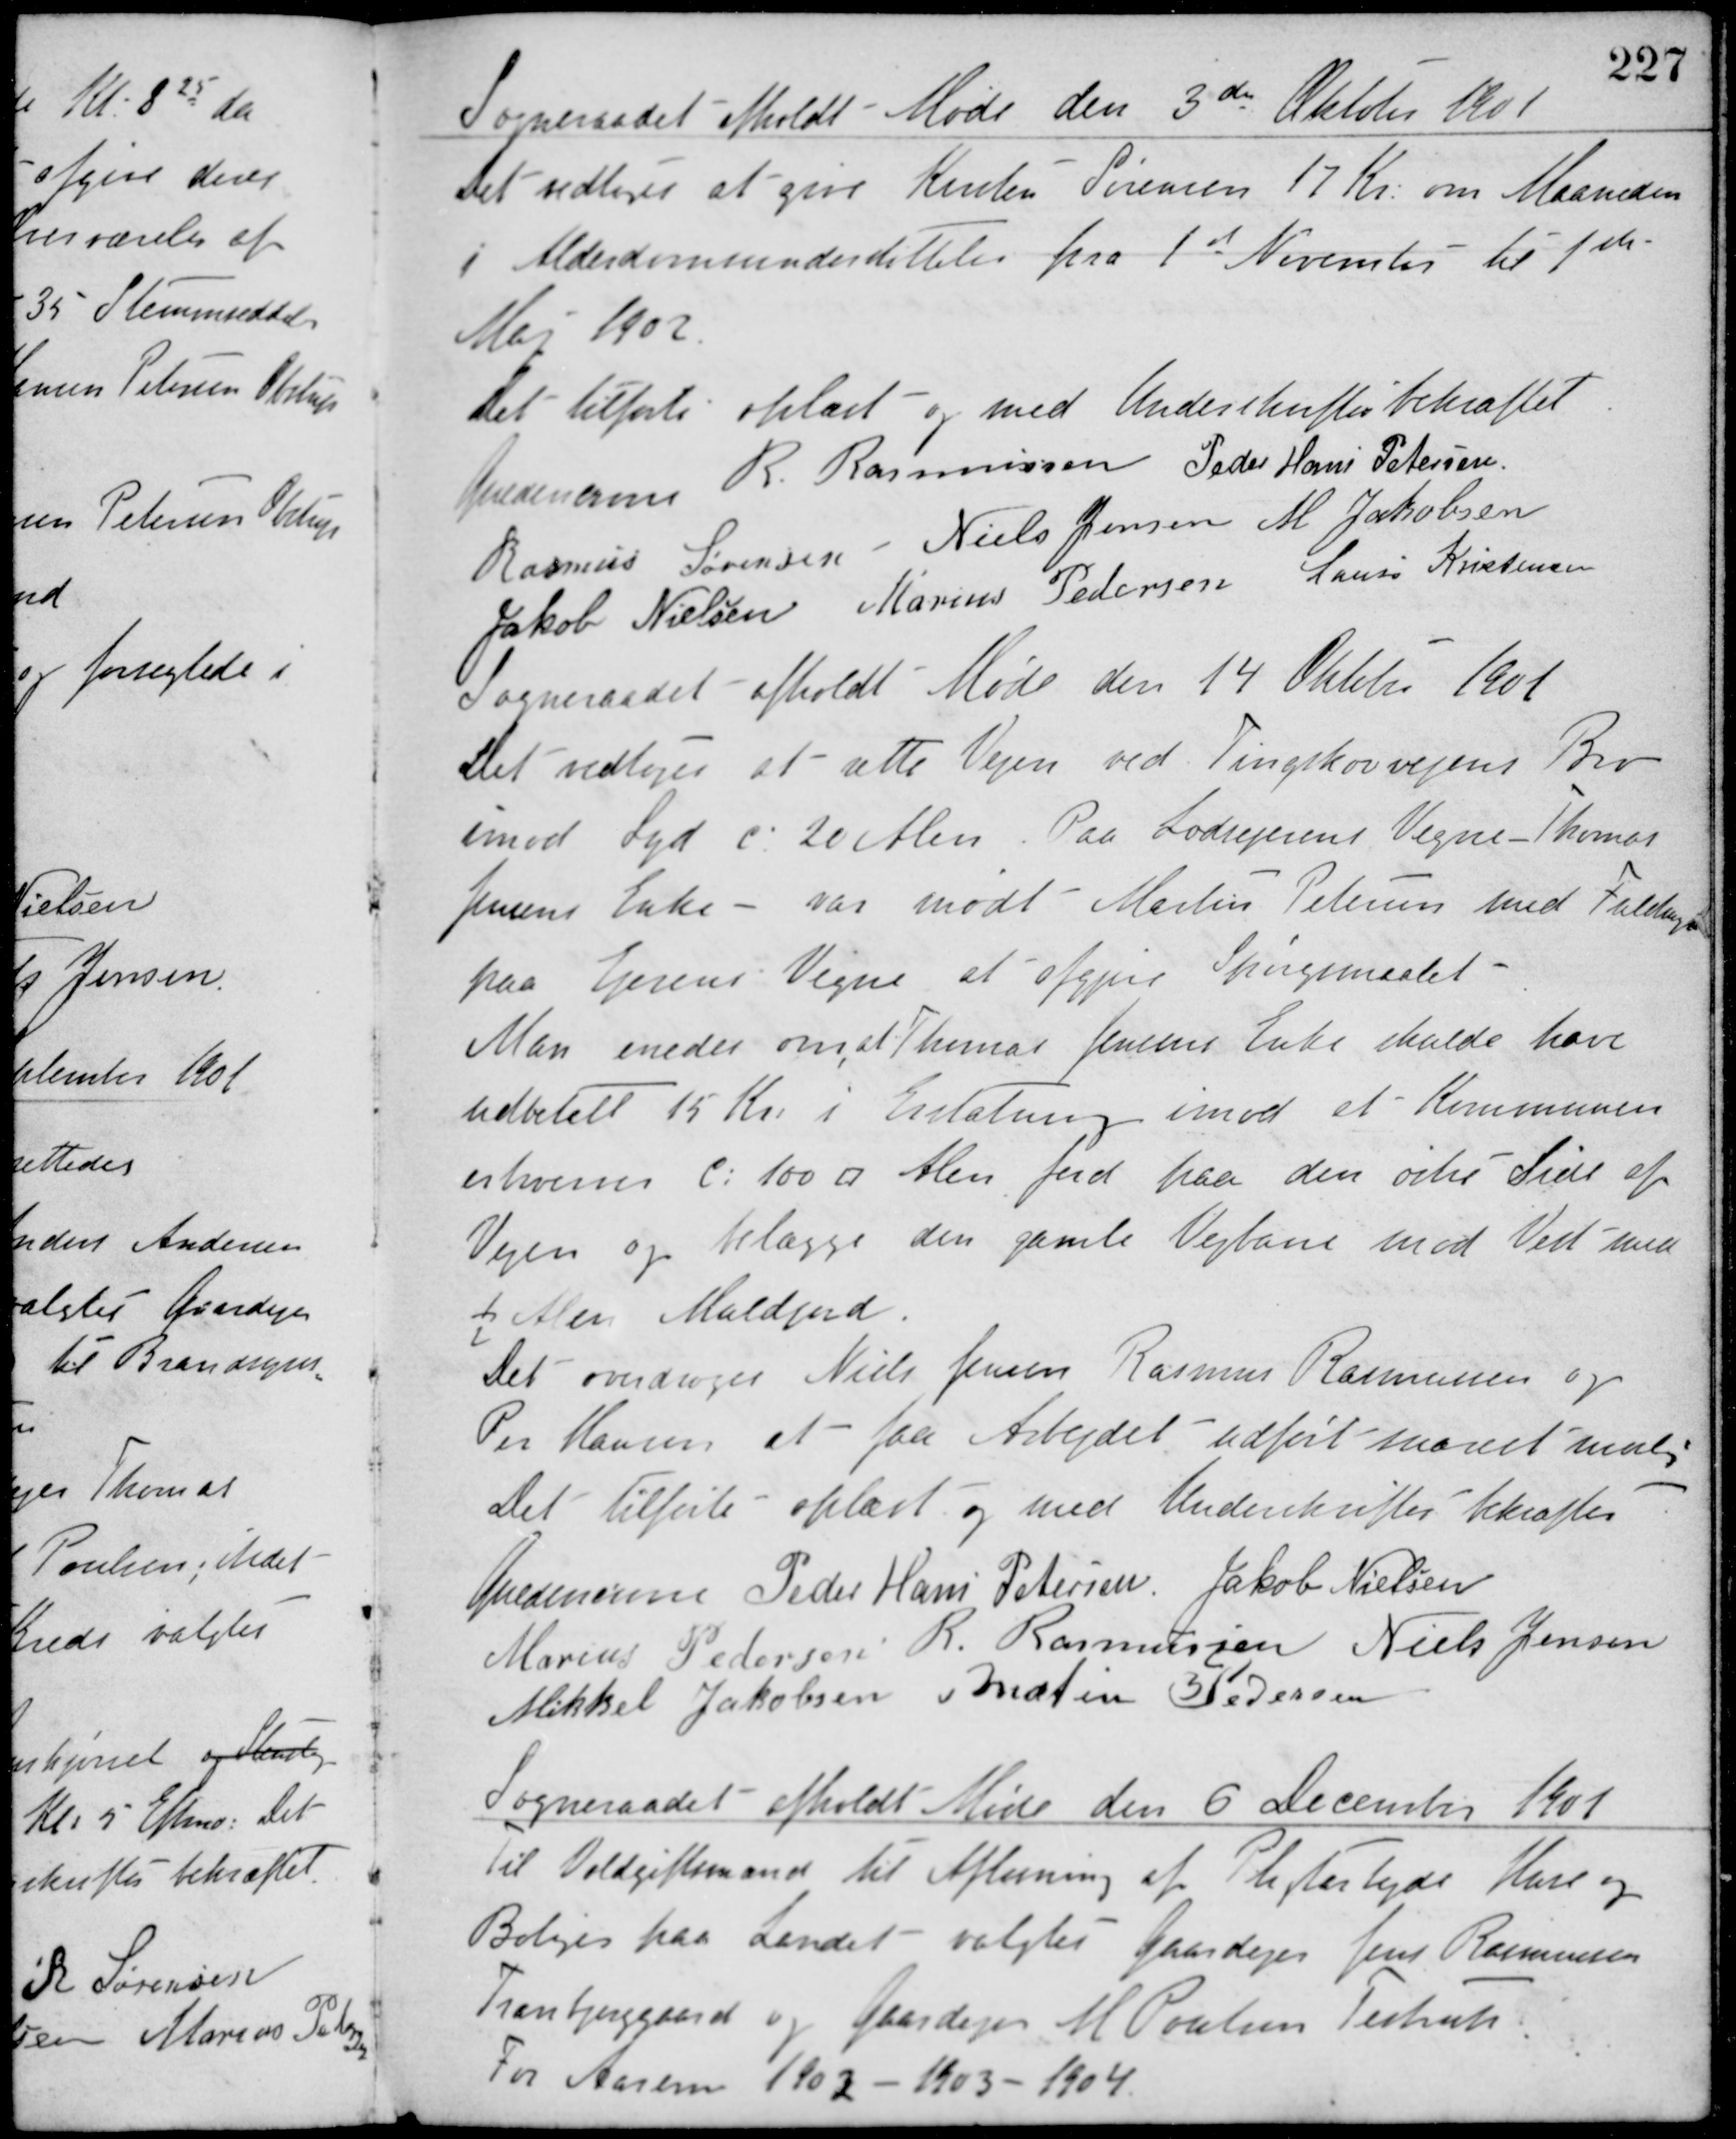
Transskription:
Sogneraadet afholdt Møde den 3die Oktober 1901
Det vedtoges at give Kenter Sørensen 17 Kr. om Maaneden
i Alderdomsunderstøttelse fra 1ste November til 1ste
Mai 1902.
Det tilførte oplæst og med Underskrifter bekræftet.
Guldencrone R. Rasmussen Peder Hans Petersen
Rasmus Sørensen Niels Jensen M. Jakobsen
Jakob Nielsen Marius Pedersen Laurs Kristensen
Sogneraadet afholdt Møde den 14 Oktober 1901.
Det vedtoges at sætte Vejen ved Tingskovvejens Bro
imod Syd c. 20 Alen. Paa Lodsejerens Vegne - Thomas
Jensens Enke - var mødt Martin Petersen med Fuldmagt
paa Ejerens Vegne at afgjøre Spørgsmaalet.
Man enedes om at Thomas Jensens Enke skulde have
udbetalt 15 Kr. i Erstatning imod at Kommunen
erhverver c: 100 □ Alen jord paa den østre Side af
Vejen og belægge den gamle Vejbane mod Vest med
½ Alen Muldjord.
Det overdroges Niels Jensen Rasmus Rasmussen og
Per Hansen at faa Arbejdet udført snarest mulig.
Det tilførte oplæst og med Underskrifter bekræftet
Guldencrone Peder Hans Petersen Jakob Nielsen
Marius Pedersen R. Rasmussen Niels Jensen
Mikkel Jakobsen Marius Pedersen
Sogneraadet afholdt Møde den 6 December 1901
Til Voldgiftsmand til Afløsning af Pigtarbejde Huse og
Boliger paa Landet valgtes Gaardejer Jens Rasmussen
Tranbjerggaard og Gaardejer M. Poulsen Testrup
For Aarene 1902 - 1903 - 1904.